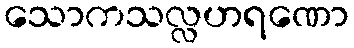
သောကသလ္လဟရဏော